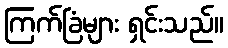
ကြက်ခြံများ ရှင်းသည်။